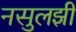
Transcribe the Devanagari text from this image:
नसुलझी